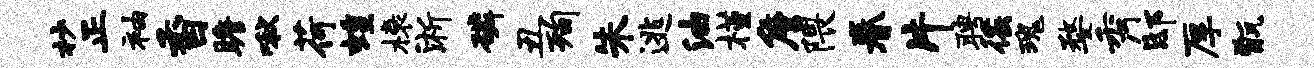
杪正袖香瞻啾荷蝗榱淅磷丑洵朱逃油槿詹隈眷片聘徭瑰婺秀邸厚甑